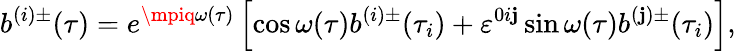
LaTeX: b^{(i)\pm}(\tau)=e^{\mpiq\omega(\tau)}\left[\cos\omega(\tau)b^{(i)\pm}(\tau_{i})+\varepsilon^{0i\mathbf{j}}\sin\omega(\tau)b^{(\mathbf{j})\pm}(\tau_{i})\right],